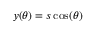
y ( \theta ) = s \cos ( \theta )